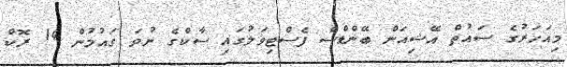
މިއަހަރުގެ ސައުތް އޭޝިއަން ބޭންޑްސް ފެސްޓިވަލުގައި ސާކްގެ ނުވަ ގައުމުން 14 ރޮކް